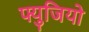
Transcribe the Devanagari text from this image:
फ्युजियो